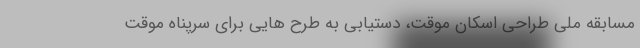
مسابقه ملی طراحی اسکان موقت، دستیابی به طرح هایی برای سرپناه موقت